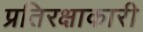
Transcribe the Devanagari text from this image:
प्रतिरक्षाकारी